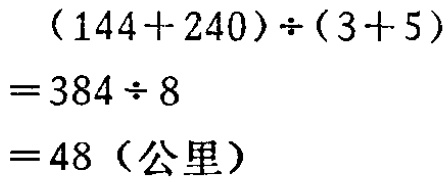
\((144 + 240)\div(3 + 5)=384\div8 = 48（公里）\)